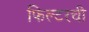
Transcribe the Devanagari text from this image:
फिल्टरची